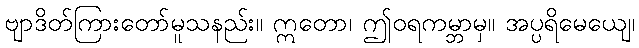
ဗျာဒိတ်ကြားတော်မူသနည်း။ ဣတော၊ ဤဝရကမ္ဘာမှ။ အပ္ပရိမေယျေ၊